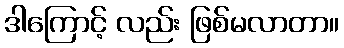
ဒါကြောင့် လည်း ဖြစ်မလာတာ။